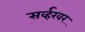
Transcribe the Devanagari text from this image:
सर्व्हरवर